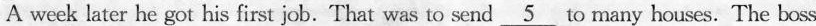
A week later he got his first job. That was to send\underline{5} to many houses. The boss